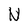
Character: N